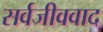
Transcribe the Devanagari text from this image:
सर्वजीववाद